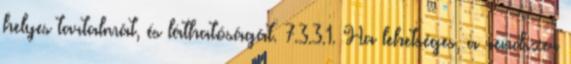
helyes tartalmát, és láthatóságát. 7.3.3.1. Ha lehetséges, a rendszer